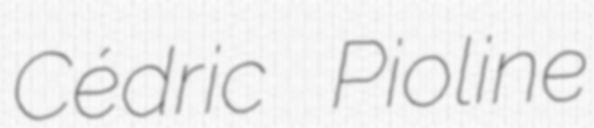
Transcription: Cédric Pioline